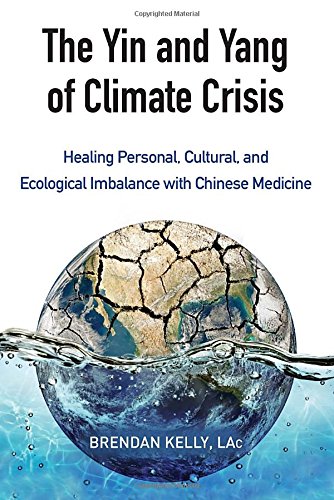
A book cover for The Yin and Yang of Climate Crisis: Healing Personal, Cultural, and Ecological Imbalance with Chinese Medicine; Brendan Kelly; Religion & Spirituality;